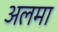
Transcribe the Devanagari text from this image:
अलमा